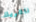
ناظريك